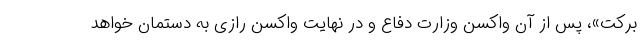
برکت»، پس از آن واکسن وزارت دفاع و در نهایت واکسن رازی به دستمان خواهد